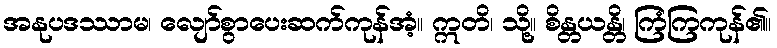
အနုပဒဿာမ၊ လျော်စွာပေးဆက်ကုန်အံ့။ ဣတိ၊ သို့။ စိန္တယန္တိ၊ ကြံကြကုန်၏။